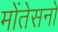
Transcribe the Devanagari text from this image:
मोंतेसनो